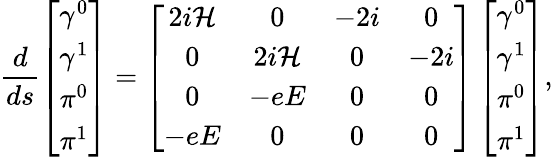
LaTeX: \frac d{ds}\left[\begin{array}{c}{{\gamma^{0}}}\\ {{\gamma^{1}}}\\ {{\pi^{0}}}\\ {{\pi^{1}}}\end{array}\right]=\left[\begin{array}{cccc}{{2i{\cal H}}}&{{0}}&{{-2i}}&{{0}}\\ {{0}}&{{2i{\cal H}}}&{{0}}&{{-2i}}\\ {{0}}&{{-eE}}&{{0}}&{{0}}\\ {{-eE}}&{{0}}&{{0}}&{{0}}\end{array}\right]\left[\begin{array}{c}{{\gamma^{0}}}\\ {{\gamma^{1}}}\\ {{\pi^{0}}}\\ {{\pi^{1}}}\end{array}\right],